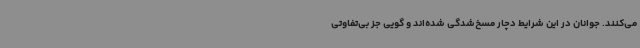
می‌کنند. جوانان در این شرایط دچار مسخ‌شدگی شده‌اند و گویی جز بی‌تفاوتی